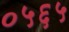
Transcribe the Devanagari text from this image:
०५६५